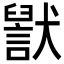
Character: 𬍊